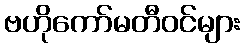
ဗဟိုကော်မတီဝင်များ